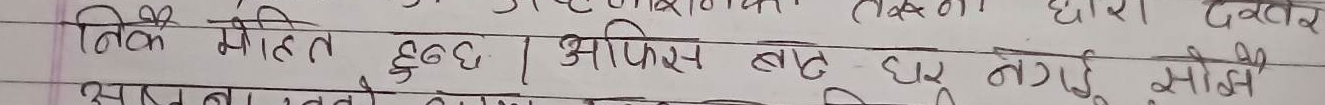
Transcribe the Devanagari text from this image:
ठिक मोहित हुनु भयो। आफिस बाट घर नगई सोधे